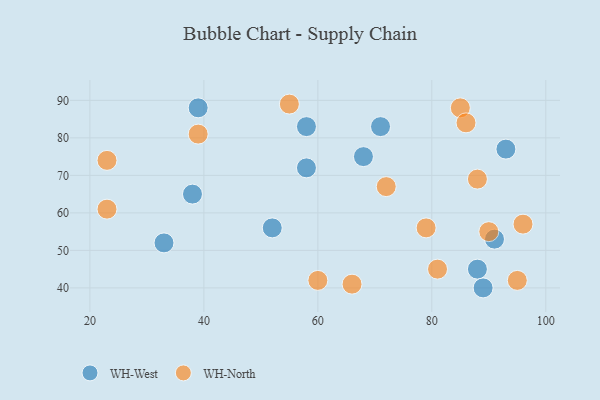
{"axis": {"x": "GDP", "y": "Life Expectancy"}, "legend": ["WH-North", "WH-West"], "data": [{"x": "38", "y": 65, "type": "WH-West"}, {"x": "93", "y": 77, "type": "WH-West"}, {"x": "88", "y": 45, "type": "WH-West"}, {"x": "71", "y": 83, "type": "WH-West"}, {"x": "91", "y": 53, "type": "WH-West"}, {"x": "39", "y": 88, "type": "WH-West"}, {"x": "33", "y": 52, "type": "WH-West"}, {"x": "58", "y": 72, "type": "WH-West"}, {"x": "89", "y": 40, "type": "WH-West"}, {"x": "68", "y": 75, "type": "WH-West"}, {"x": "58", "y": 83, "type": "WH-West"}, {"x": "52", "y": 56, "type": "WH-West"}, {"x": "85", "y": 88, "type": "WH-North"}, {"x": "96", "y": 57, "type": "WH-North"}, {"x": "39", "y": 81, "type": "WH-North"}, {"x": "55", "y": 89, "type": "WH-North"}, {"x": "60", "y": 42, "type": "WH-North"}, {"x": "95", "y": 42, "type": "WH-North"}, {"x": "88", "y": 69, "type": "WH-North"}, {"x": "81", "y": 45, "type": "WH-North"}, {"x": "23", "y": 74, "type": "WH-North"}, {"x": "79", "y": 56, "type": "WH-North"}, {"x": "66", "y": 41, "type": "WH-North"}, {"x": "23", "y": 61, "type": "WH-North"}, {"x": "86", "y": 84, "type": "WH-North"}, {"x": "90", "y": 55, "type": "WH-North"}, {"x": "72", "y": 67, "type": "WH-North"}]}